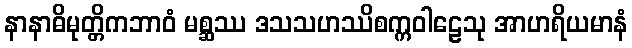
နာနာဓိမုတ္တိကဘာဝံ မစ္ဆဿ ဒသသဟဿိစက္ကဝါဠေသု အာဟရိယမာနံ